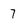
Character: 7